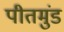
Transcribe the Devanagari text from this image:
पीतमुंड